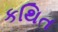
કથિત